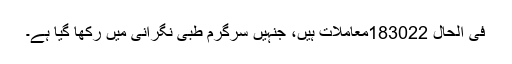
فی الحال 183022معاملات ہیں، جنہیں سرگرم طبی نگرانی میں رکھا گیا ہے۔